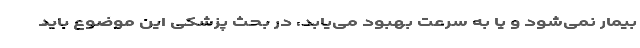
بیمار نمی‌شود و یا به سرعت بهبود می‌یابد، در بحث پزشکی این موضوع باید